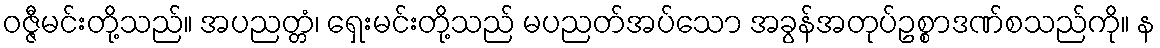
ဝဇ္ဇီမင်းတို့သည်။ အပညတ္တံ၊ ရှေးမင်းတို့သည် မပညတ်အပ်သော အခွန်အတုပ်ဥစ္စာဒဏ်စသည်ကို။ န